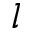
l